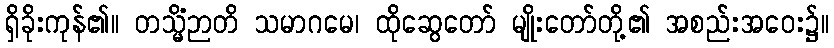
ရှိခိုးကုန်၏။ တသ္မိံဉာတိ သမာဂမေ၊ ထိုဆွေတော် မျိုးတော်တို့၏ အစည်းအဝေး၌။